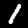
Label: 1